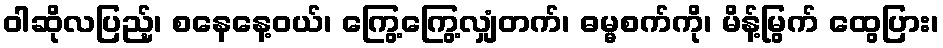
ဝါဆိုလပြည့်၊ စနေနေ့ဝယ်၊ ကြွေ့ကြွေ့လျှံတက်၊ ဓမ္မစက်ကို၊ မိန့်မြွက် ထွေပြား၊